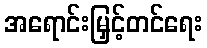
အရောင်းမြှင့်တင်ရေး